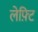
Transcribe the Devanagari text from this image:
लेफ़्टि